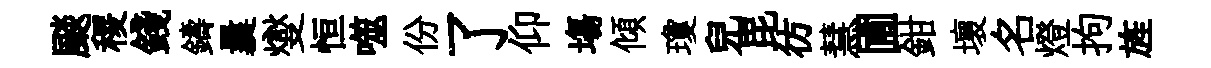
颷稷錢鑄曩燮恒噬份了仰塲傾瓊兒毘彷慧圃鉗壞名燈拘旌